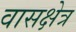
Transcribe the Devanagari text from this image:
वासक्षेत्र